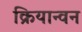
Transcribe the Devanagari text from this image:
क्रियान्‍वन